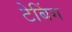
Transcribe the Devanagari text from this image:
टेबिंग